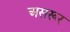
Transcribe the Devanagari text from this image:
असरूर